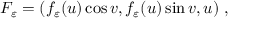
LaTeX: { \cal F } _ { \varepsilon } = ( f _ { \varepsilon } ( u ) \cos v , f _ { \varepsilon } ( u ) \sin v , u ) ~ ,